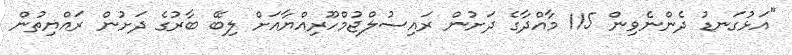
"އަޅުގަނޑު ދެންނެވިން 115 މާއްދާގެ ދަށުން ރައިސުލްޖުމްހޫރިއްޔާއަށް ލިބޭ ބާރުގެ ދަށުން ރައްޔިތުން